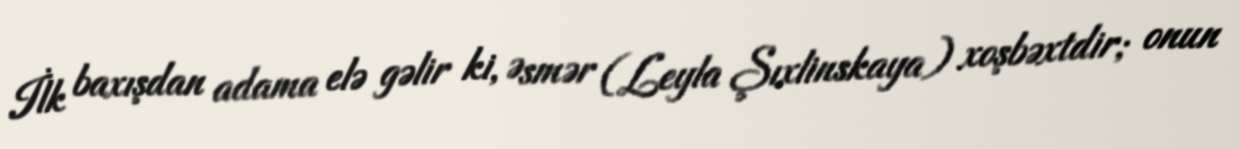
İlk baxışdan adama elə gəlir ki, Əsmər (Leyla Şıxlinskaya) xoşbəxtdir; onun